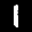
Label: 1